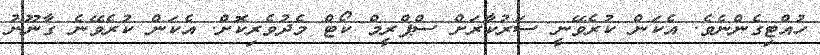
ހުއްޓިގެންނެވެ. އެކަން ކުރެވޭނީ ސަރުކާރަށް ސްޕްރީމް ކޯޓް މެދުވެރިކޮށް. އެކަން ކުރެވޭނެ ގާނޫނު